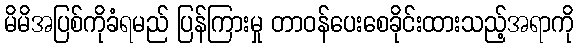
မိမိအပြစ်ကိုခံရမည် ပြန်ကြားမှု တာဝန်ပေးစေခိုင်းထားသည့်အရာကို